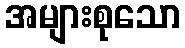
အများစုသော